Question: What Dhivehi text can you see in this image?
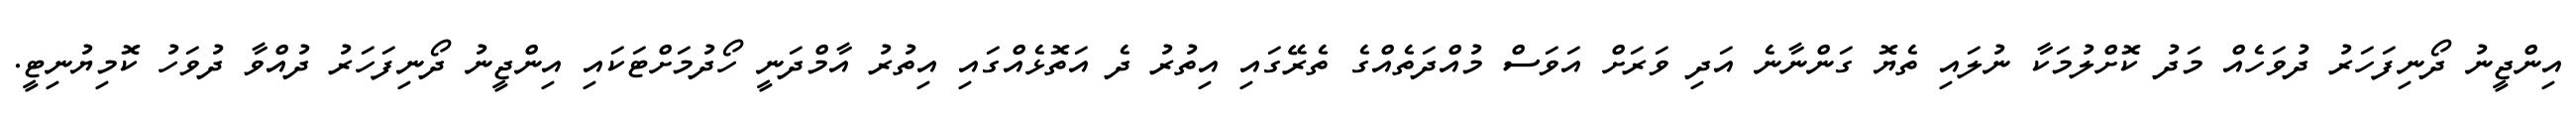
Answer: އިންޖީނު ދޯނިފަހަރު ދުވަހެއް މަދު ކޮށްލުމަކާ ނުލައި ތެޔޮ ގަންނާނެ އަދި ވަރަށް އަވަސް މުއްދަތެއްގެ ތެރޭގައި އިތުރު ދެ އަތޮޅެއްގައި އިތުރު އާމްދަނީ ހޯދުމަށްޓަކައި އިންޖީނު ދޯނިފަހަރު ދުއްވާ ދުވަހު ކޮމިޔުނިޓީ.